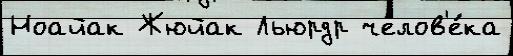
Ноайак Жюйак Льюрдр челов'е́ка